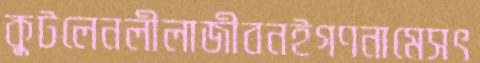
কুটলেনলীলাজীবনইগণনামেসৎ